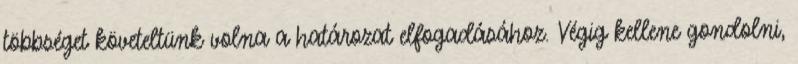
többséget követeltünk volna a határozat elfogadásához. Végig kellene gondolni,